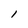
Character: l